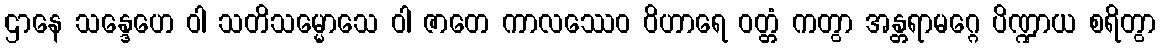
ဌာနေ သန္ဒေဟေ ဝါ သတိသမ္မောသေ ဝါ ဇာတေ ကာလဿေဝ ဝိဟာရေ ဝတ္တံ ကတွာ အန္တရာမဂ္ဂေ ပိဏ္ဍာယ စရိတွာ